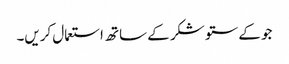
جو کے ستو شکر کے ساتھ استعمال کریں۔